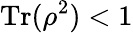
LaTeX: \operatorname{Tr}(\rho^{2})<1